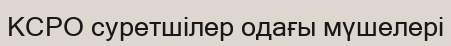
КСРО суретшілер одағы мүшелері